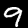
Label: 9